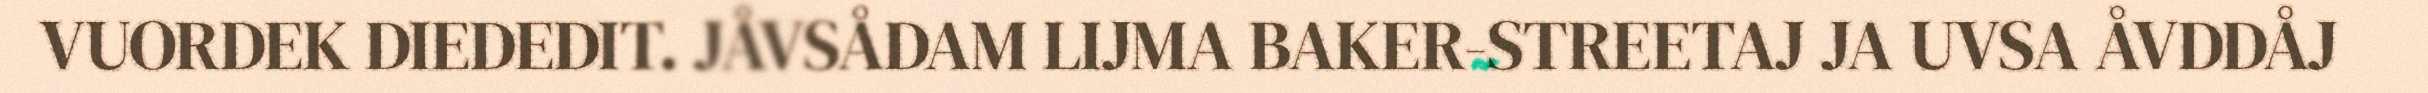
VUORDEK DIEDEDIT. JÅVSÅDAM LIJMA BAKER-STREETAJ JA UVSA ÅVDDÅJ